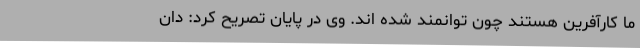
ما کارآفرین هستند چون توانمند شده اند. وی در پایان تصریح کرد: دان